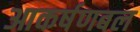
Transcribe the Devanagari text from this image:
आकर्षणबल